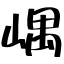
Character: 嵎